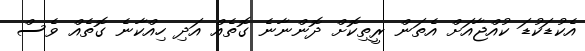
އެކުޑަކުޑަ ކުއްޖާއަށް އެތަން ރީތިކޮށް ދޮންނާނެ ގޮތެއް އަދި ހިއްކާނެ ގޮތެއް ވެސް